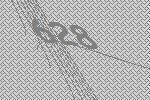
628